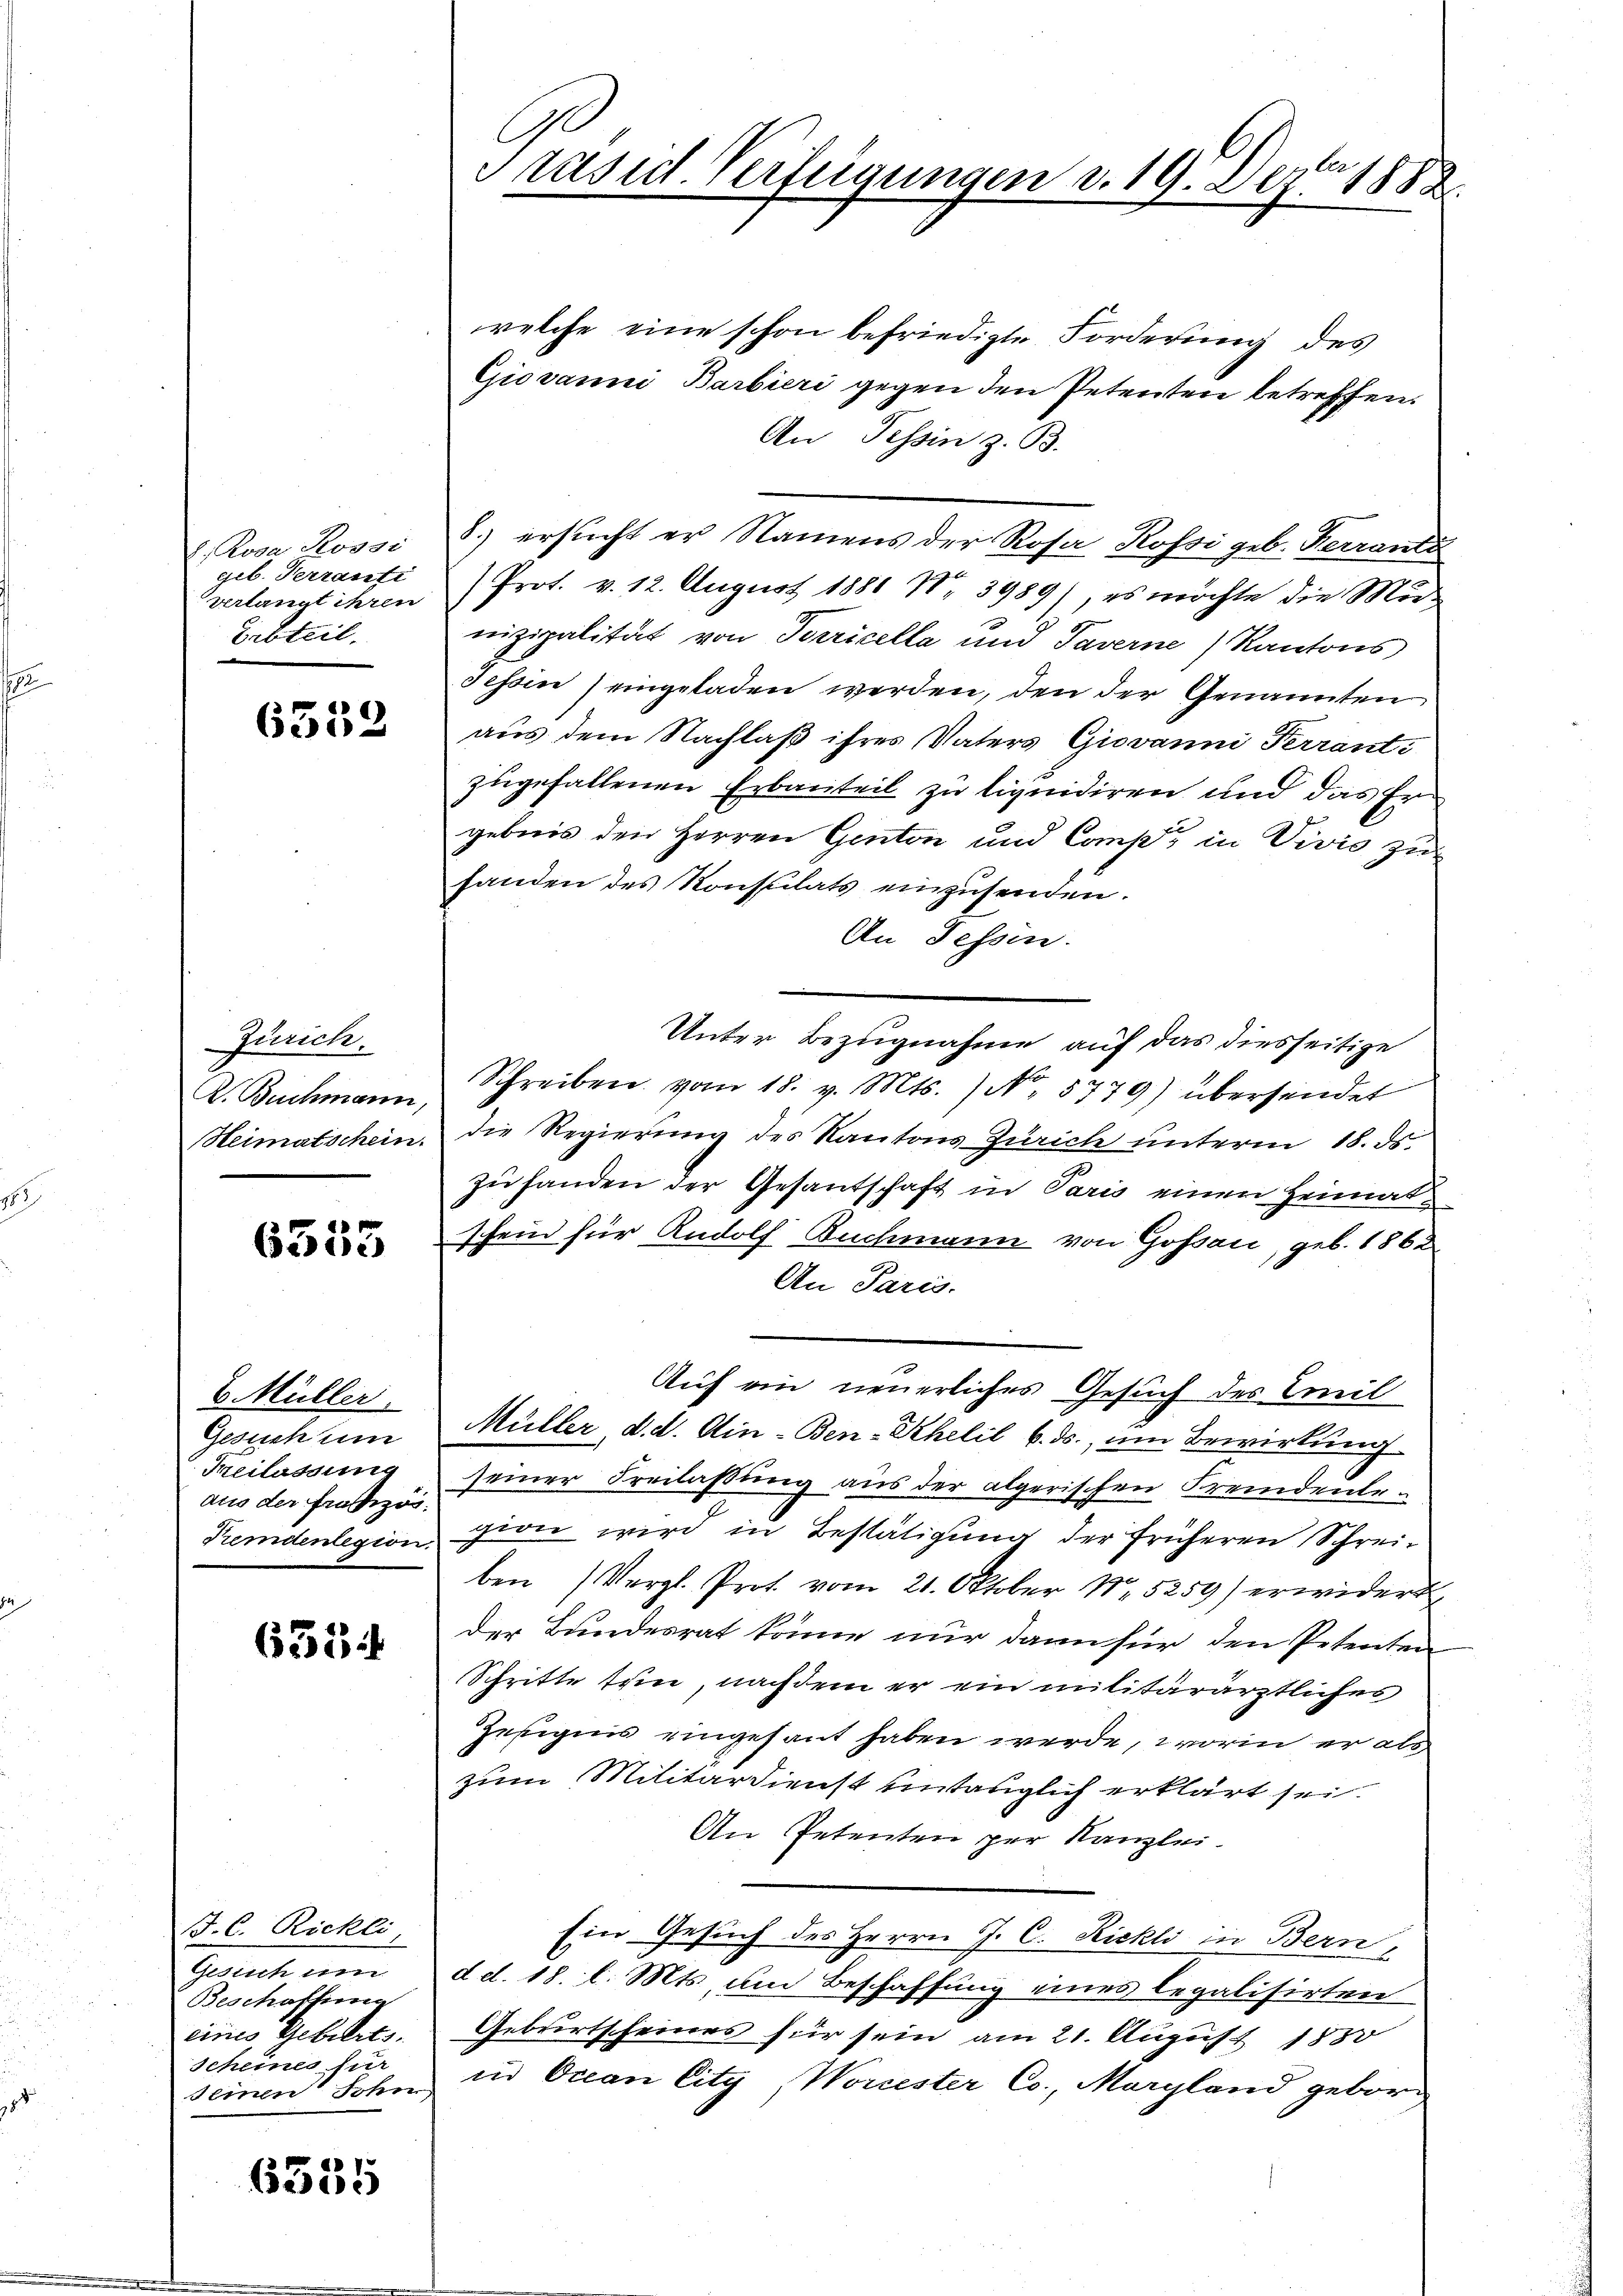
E. Rosa Rossi
geb. Terranti
verlangt ihren
Erbteil.

6539

Zürich.
R. Buchmann,
Heimatschein.

6553

B. Müller.
Gesich um
Feilassung
aus der Frutizös.
Fremdenlegion.

6334

J. C. Richli
Gesich um
Beschaffung
eines Gebierts.
Scheines fur
seinen Sohn

6535

Präsid. Verfeigungen v. 19. Dez. 1882.

welche eine schon befriedigte Forderung des
Giovanni Barbieri gegen den Petenten betreffen.
An Tessin z. B.
8.) ersucht er Namens der Rosa, Rossi geb. Kerrante
(Prot. v. 12. August 1881 II 3989), es möchte die Mit-
nizipalität von Terricella und Taverne) Kantons,
Jessen) eingeladen werden, den der Genannten
aus dem Nachlaß ihres Vaters Giovanni Terranti
zugefallenen Erbauteil zu liquidiren und das Ergebnis den Herren Genton und Comp. in Vivić zur
fanden des Konsulats einzusenden.
An Fessen.
Unter Bezugnahme auf das diesseitige
Schreiben vom 18. v. Mts. ) No. 5779) übersendet
die Regierung des Kantons Zürich unterm 18. ds.
zu handen der Gesandschaft in Paris einen Heimat
schein für Rudolf Buchmann von Gossau, geb. 1862
An Paris
Auf ein neuerliches Gesuch des Emil
Müller d. d. Ain-Ben-Khelil 6. ds., um Bewirkung
seiner Freilassung aus der algerischen Fremdenlegion wird in Bestätigung der früheren Schreiben (Vergl. Prot. vom 21. Oktober 15259) erwidert
der Bundesrat könne nur dann für den Petenten
Schritte sein, nachdem er ein militärärztliches
Zeeignis eingesant haben werde, worin er als
zum Militärdienst untauglich erklärt sei.
An Petenten per Kanzlei.
Ein Gesuch des Herrn J. C. Rickli in Bern,
d d. 18. l. Mts, um Beschaffung eines legalisirten
Geburtscheines für sein am 21. August 1850
in Ocean City, Worcester Co., Margland gebor¬